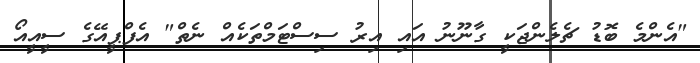
"އެންމެ ބޮޑު ޗެލެންޖަކީ ގާނޫނު އައި އިރު ސިސްޓަމްތަކެއް ނެތް" އެފްޕީއޭގެ ސީއީއޯ